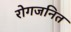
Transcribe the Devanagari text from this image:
रोगजनित